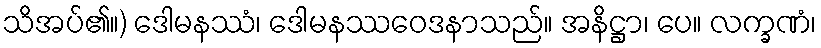
သိအပ်၏။) ဒေါမနဿံ၊ ဒေါမနဿဝေဒနာသည်။ အနိဋ္ဌာ၊ ပေ။ လက္ခဏံ၊